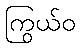
ကြွယ်ဝ